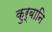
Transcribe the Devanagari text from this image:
कुर्बानि